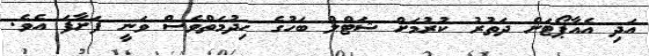
އަދި އެއާޕޯޓަށް ދަތުރު ކުރުމަށް ޝަޓްލް ބަހުގެ ހިދުމަތްވެސް ވަނީ ފަށާފަ އެވެ.